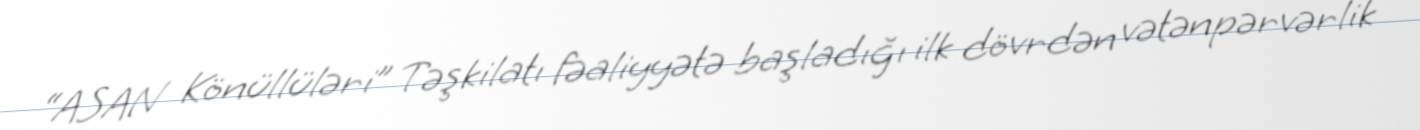
“ASAN Könüllüləri” Təşkilatı fəaliyyətə başladığı ilk dövrdən vətənpərvərlik